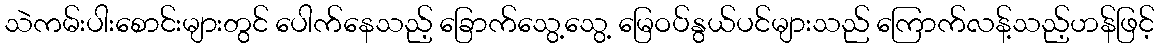
သဲကမ်းပါးစောင်းများတွင် ပေါက်နေသည့် ခြောက်သွေ့သွေ့ မြေဝပ်နွယ်ပင်များသည် ကြောက်လန့်သည့်ဟန်ဖြင့်